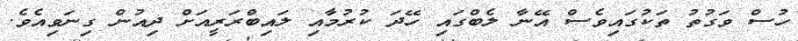
ހުސް ވަގުތު ތަކުގައިވެސް އޭނާ ލެބްގައި ހޭދަ ކުރުމާއި ލައިބްރަރީއަށް ދިއުން ގިނަވިއެވެ.